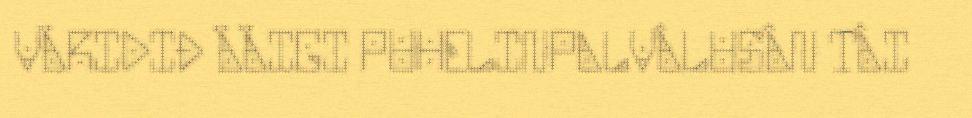
VÄRIDIĐ ÄÄIGI PUHELINPALVÂLUSÂN TÂI